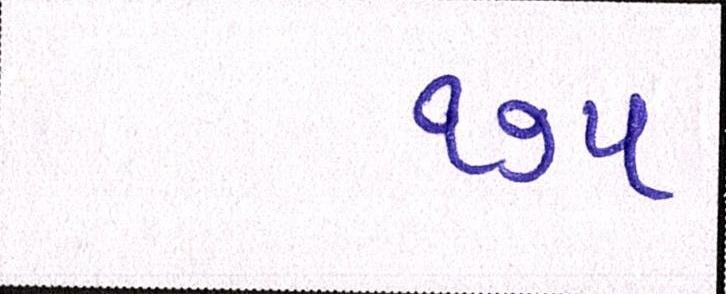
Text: ૧૭૫